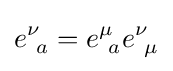
e_{\ a}^{\nu }=e_{\ a}^{\mu }e_{\ \mu }^{\nu }